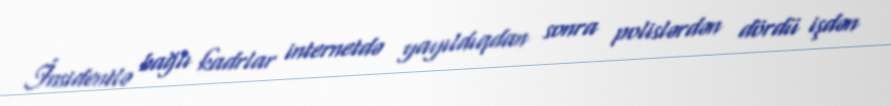
İnsidentlə bağlı kadrlar internetdə yayıldıqdan sonra polislərdən dördü işdən